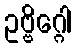
ဥဗ္ဗိဂ္ဂေါ